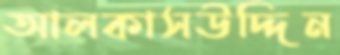
আলকাসউদ্দিন